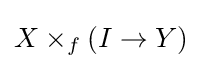
X\times _{f}(I\to Y)